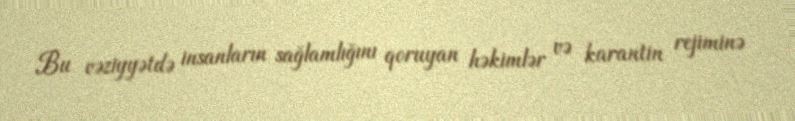
Bu vəziyyətdə insanların sağlamlığını qoruyan həkimlər və karantin rejiminə